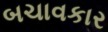
બચાવકાર